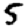
Digit: 5